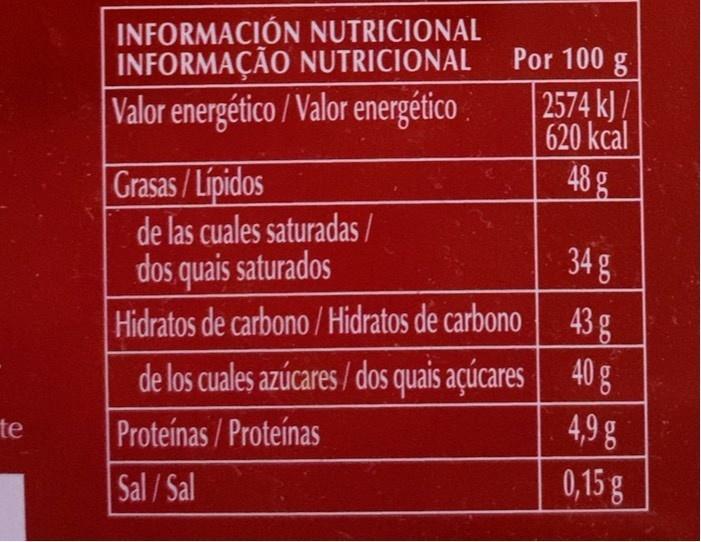
INFORMACIÓN NUTRICIONAL INFORMAÇÃO NUTRICIONAL
Por 100 g
2574 k)/ 620 kcal 48 g
Valor energético / Valor energético .
Grasas /Lipidos de las cuales saturadas / dos quais saturados Hidratos de carbono / Hidratos de carbono de los cuales azúcares / dos quais açúcares 40g
34 g
43g
4,9g 0,15 g
te
Proteinas/Proteinas
Sal/Sal